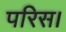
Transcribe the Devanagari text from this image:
परिस।